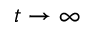
t \rightarrow \infty